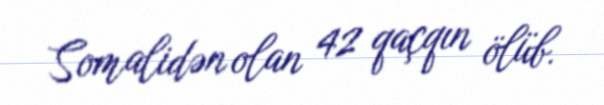
Somalidən olan 42 qaçqın ölüb.